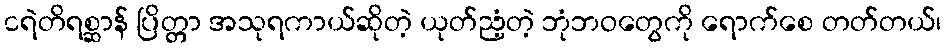
ငရဲတိရစ္ဆာန် ပြိတ္တာ အသုရကာယ်ဆိုတဲ့ ယုတ်ညံ့တဲ့ ဘုံဘဝတွေကို ရောက်စေ တတ်တယ်၊